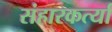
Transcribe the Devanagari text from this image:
संहारकर्त्या